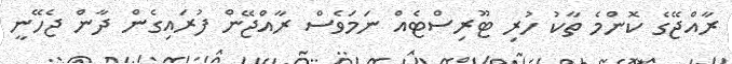
ރާއްޖޭގެ ކޮންމެ ތާކު ހުރި ޓޫރިސްޓެއް ނަމަވެސް ރާއްޖޭން ފުރައިގެން ދާން ޖެހޭނީ